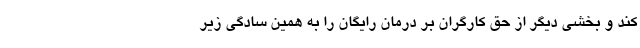
کند و بخشی دیگر از حق کارگران بر درمان رایگان را به همین سادگی زیر